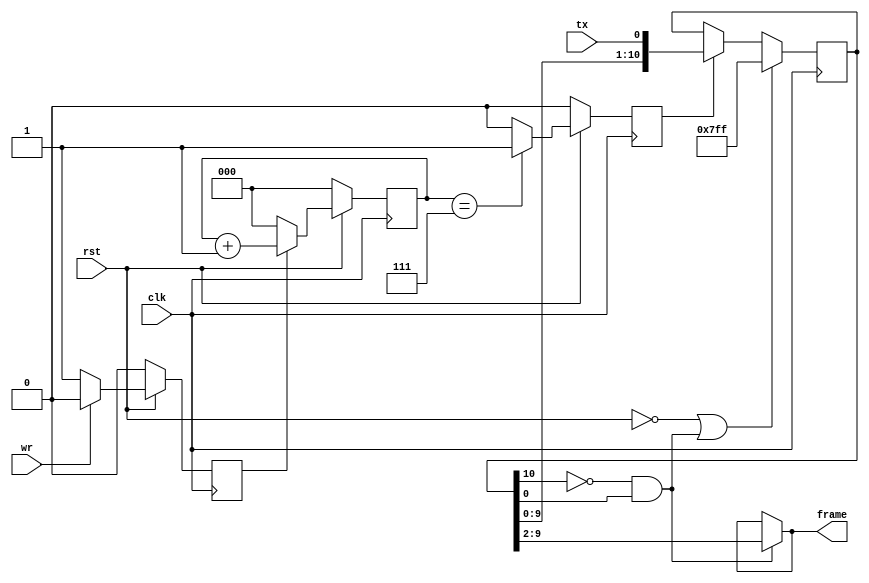
module uart_rx1(input clk,rst,wr,tx,
                output [7:0]frame   );
reg rx_start;
reg [2:0]count;
reg buad_rate;
reg [10:0]d_frame=11'b1111_1111_111;
assign frame=(d_frame[10]==0 && d_frame[0]==1)? d_frame[9:2]:frame;
always@(posedge clk)
  begin
    if(rst==0)
      rx_start=0;
    else if(wr==0)
      rx_start=1;
    else
      rx_start=0;
  end                
always@(posedge clk)
    begin
      if(rst==0)
        count<=3'b0;
      else if(rx_start==1)
        count<=count+1;
      else
        count<=3'b0;
      end
always@(posedge clk)
    begin
      if(rst==0)
        buad_rate<=1'b0;
      else if(count==7'b111)
        buad_rate<=1'b1;
      else
        buad_rate<=1'b0;
    end
always@(posedge clk)
begin
     if(rst==0 || (d_frame[10]==0 && d_frame[0]==1))
        d_frame<=11'b1111_1111_111;
     else if(buad_rate==1)
                begin 
                      d_frame<={d_frame[9:0],tx};  end
end                      
endmodule